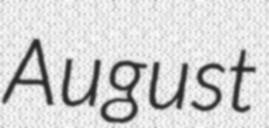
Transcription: August